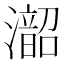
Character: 𪷰